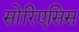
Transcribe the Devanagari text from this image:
सोरिएसिस